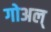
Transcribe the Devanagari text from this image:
गोअल्